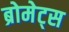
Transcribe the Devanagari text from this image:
ब्रोमेट्स